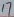
Text: 17